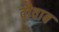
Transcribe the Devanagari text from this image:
दौवाब